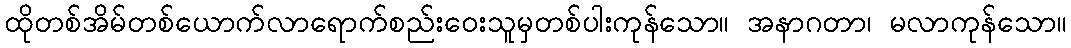
ထိုတစ်အိမ်တစ်ယောက်လာရောက်စည်းဝေးသူမှတစ်ပါးကုန်သော။ အနာဂတာ၊ မလာကုန်သော။